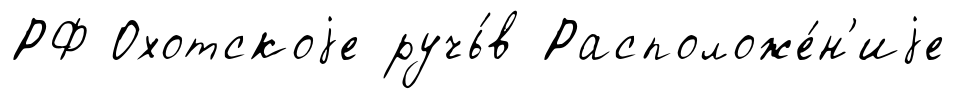
РФ Охотскоjе ручь́в Расположе́н'иjе